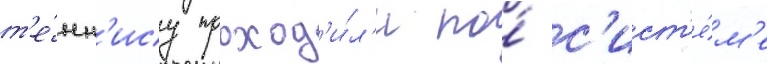
т'е́нн'ису проход'и́л'и по́ с'ист'е́м'е